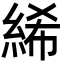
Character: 絺